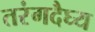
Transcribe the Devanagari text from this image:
तरंगदैघ्य